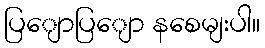
ပြျောပြျော နစေမျးပါ။